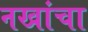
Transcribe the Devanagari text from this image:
नखांचा